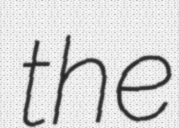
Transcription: the